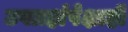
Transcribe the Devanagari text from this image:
उपग्रहांपेक्षाही